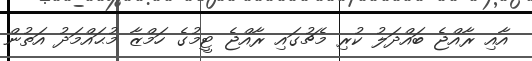
އާއި ރާއްޖެ ބައްދަލު ކުރި މެޗުގައި ރާއްޖެ ޓީމުގެ ހަމްޒާ މުޙައްމަދު އަތުން